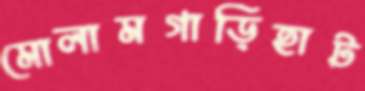
মোলামগাড়িহাট